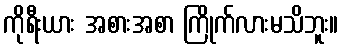
ကိုရီးယား အစားအစာ ကြိုက်လားမသိဘူး။